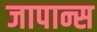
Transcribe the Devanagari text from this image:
जापान्स